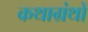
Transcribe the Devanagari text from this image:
कथाग्रंथों